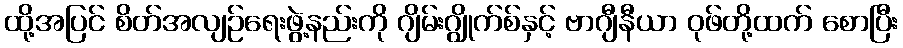
ထို့အပြင် စိတ်အလျဉ်ရေးဖွဲ့နည်းကို ဂျိမ်းဂျွိုက်စ်နှင့် ဗာဂျီနီယာ ဝုဖ်တို့ထက် စောပြီး